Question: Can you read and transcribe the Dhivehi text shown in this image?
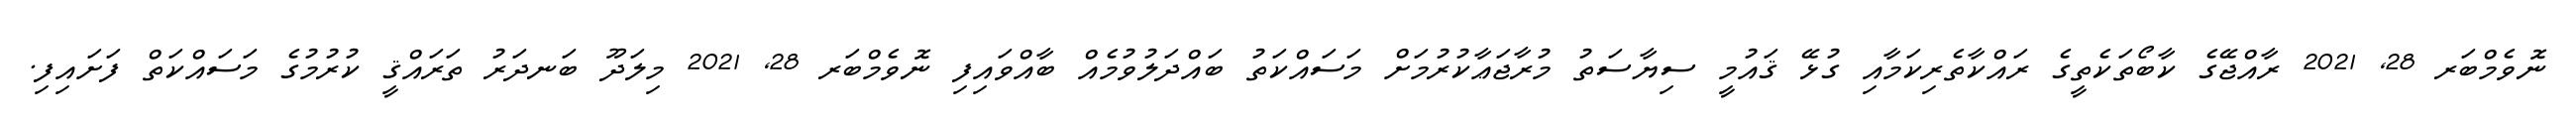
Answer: ނޮވެމްބަރ 28, 2021 ރާއްޖޭގެ ކާބޯތަކެތީގެ ރައްކާތެރިކަމާއި ގުޅޭ ޤައުމީ ސިޔާސަތު މުރާޖަޢާކުރުމަށް މަސައްކަތު ބައްދަލުވުމެއް ބާއްވައިފި ނޮވެމްބަރ 28, 2021 މިލަދޫ ބަނދަރު ތަރައްޤީ ކުރުމުގެ މަސައްކަތް ފަށައިފި.